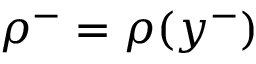
\rho ^ { - } = \rho ( y ^ { - } )